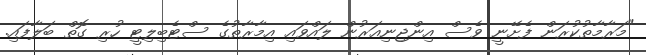
"މަރާމާތުކުރަން ފެށޭނީ ވެސް އިންޖިނިއަރުން ލައްވައި އިމާރާތުގެ ސްޓެބިލިޓީ ހުރި ގޮތް ބަލާފައި.